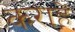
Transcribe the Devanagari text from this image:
कराहें